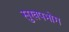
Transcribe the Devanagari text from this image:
सुखपभोग